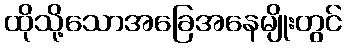
ထိုသို့သောအခြေအနေမျိုးတွင်